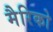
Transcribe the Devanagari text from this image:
मैरिको